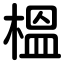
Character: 榲